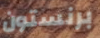
برنستون